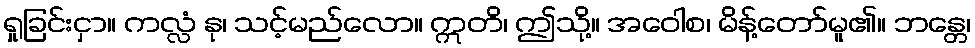
ရှုခြင်းငှာ။ ကလ္လံ နု၊ သင့်မည်လော။ ဣတိ၊ ဤသို့။ အဝေါစ၊ မိန့်တော်မူ၏။ ဘန္တေ၊